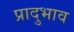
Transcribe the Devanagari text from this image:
प्रादुभाव